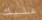
عليك